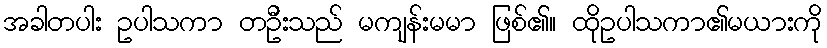
အခါတပါး ဥပါသကာ တဦးသည် မကျန်းမမာ ဖြစ်၏။ ထိုဥပါသကာ၏မယားကို